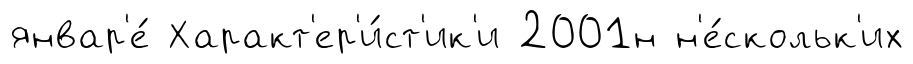
январ'е́ Характ'ер'и́ст'ик'и 2001н н'е́скольк'их